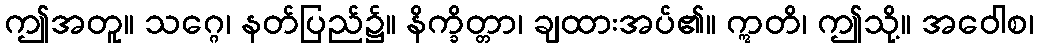
ဤအတူ။ သဂ္ဂေ၊ နတ်ပြည်၌။ နိက္ခိတ္တာ၊ ချထားအပ်၏။ ဣတိ၊ ဤသို့။ အဝေါစ၊